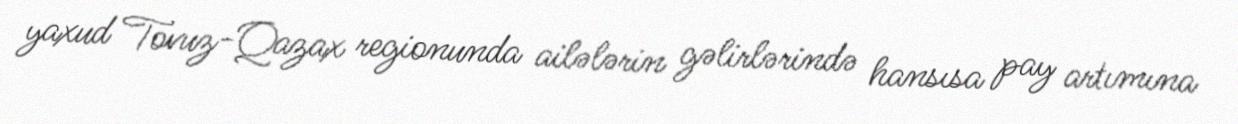
yaxud Tovuz-Qazax regionunda ailələrin gəlirlərində hansısa pay artımına